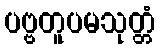
ပဗ္ဗတူပမသုတ္တံ